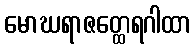
မောဃရာဇတ္ထေရဂါထာ